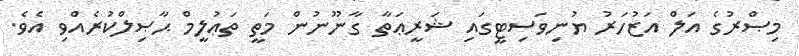
މިޞްރުގެ އަލް އަޒުހަރު ޔުނިވަސިޓީގައި ޝަރީޢަތާ ގާނޫނުން މަތީ ތަޢުލީމް ޙާޞިލްކުރެއްވި އެވެ.